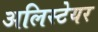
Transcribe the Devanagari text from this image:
अलिस्टेयर